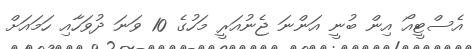
އެސްޓީއޯ އިން ބުނީ އަންނަ ޖެނުއަރީ މަހުގެ 10 ވަނަ ދުވަހާއި ހަމައަށް